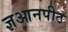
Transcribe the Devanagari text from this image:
ज्ञआनपीठ